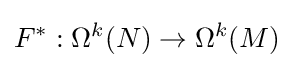
F^{*}:\Omega ^{k}(N)\to \Omega ^{k}(M)